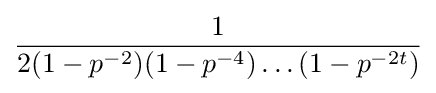
{1 \over 2(1-p^{-2})(1-p^{-4})\dots (1-p^{-2t})}